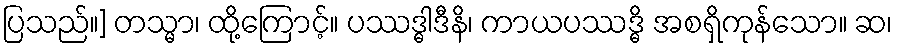
ပြသည်။] တသ္မာ၊ ထို့ကြောင့်။ ပဿဒ္ဓါဒီနိ၊ ကာယပဿဒ္ဓိ အစရှိကုန်သော။ ဆ၊